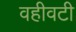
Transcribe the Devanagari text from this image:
वहीवटी